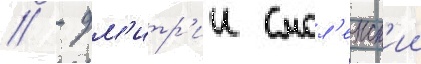
// - дм'итр'ии смол'енск'ии